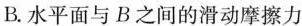
B.水平面与B之间的滑动摩擦力